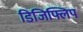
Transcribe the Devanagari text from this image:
डिजिफ्लिप